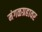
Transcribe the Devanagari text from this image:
मंगळग्रहावर